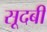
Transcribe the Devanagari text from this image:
सूदबी